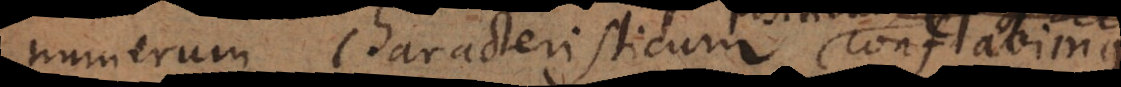
numerum characteristicum positivum